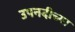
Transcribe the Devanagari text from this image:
उपनदीच्या